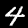
Label: 4